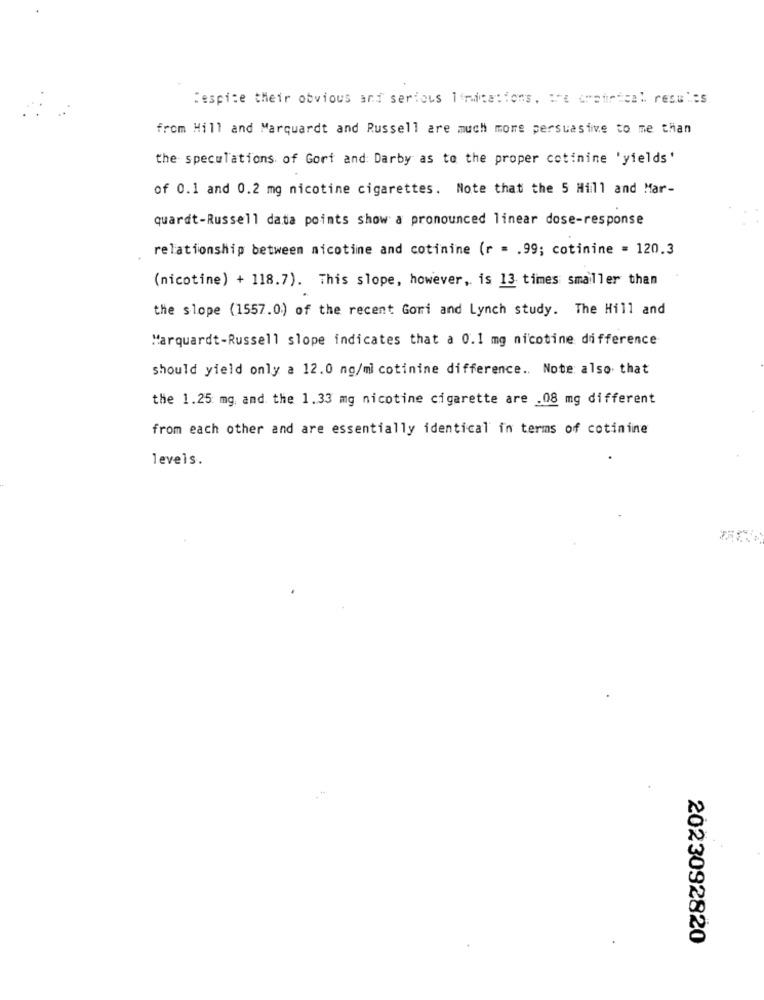
Despite their obvious and serious limitations, are satirical. results
from Hill and Marquardt and Russell are much more persuasive to me than
the speculations of Gort and Darby as to the proper cotinine 'yields'
of 0.1 and 0.2 mg nicotine cigarettes. Note that the 5 Hill and Mar-
quardt-Russell data points show a pronounced linear dose-response
relationship between nicotine and cotinine (r = . 99; cotinine = 120.3
(nicotine) + 118.7). This slope, however, is 13 times smaller than
the slope (1557.0) of the recent Gori and Lynch study. The Hill and
Marquardt-Russell slope indicates that a 0.1 mg nicotine difference
should yield only a 12.0 ng/ml cotinine difference .. Note also that
the 1.25 mg, and the 1.33 mg nicotine cigarette are .08 mg different
from each other and are essentially identical in terms of cotinine
levels.
2023092820